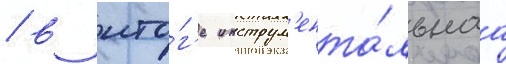
/ в ито́г'е инструм'ента́льнаа